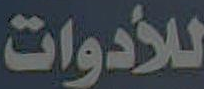
للأدوات